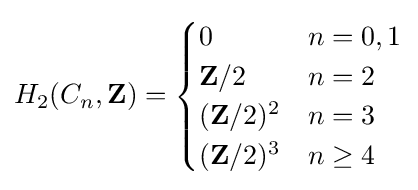
H_{2}(C_{n},\mathbf {Z} )={\begin{cases}0&n=0,1\\\mathbf {Z} /2&n=2\\(\mathbf {Z} /2)^{2}&n=3\\(\mathbf {Z} /2)^{3}&n\geq 4\end{cases}}